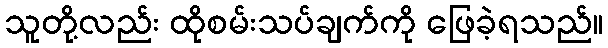
သူတို့လည်း ထိုစမ်းသပ်ချက်ကို ဖြေခဲ့ရသည်။